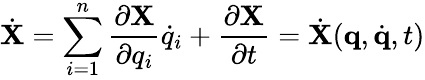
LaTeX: {\dot{\mathbf X}}=\sum_{i=1}^{n}\frac{\partial{\mathbf X}}{\partial q_{i}}{\dot{q}}_{i}+\frac{\partial{\mathbf X}}{\partial t}={\dot{\mathbf X}}({\mathbf q},{\dot{\mathbf q}},t)